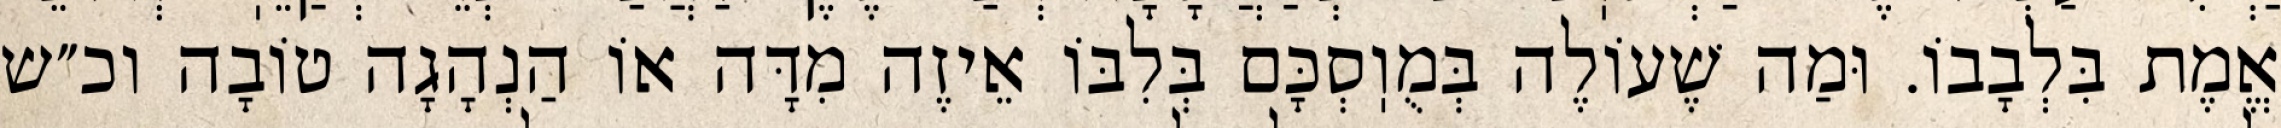
אֱמֶת בִּלְבָבוֹ. וּמַה שֶׁעוֹלֶה בְּמֻוֽסְכָּם בְּלִבּוֹ אֵיזֶה מִדָּה אוֹ הַנְהָגָה טוֹבָה וכ״ש